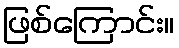
ဖြစ်ကြောင်း။